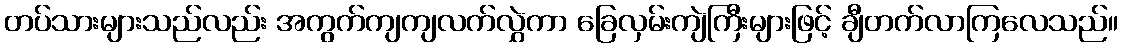
တပ်သားများသည်လည်း အကွက်ကျကျလက်လွှဲကာ ခြေလှမ်းကျဲကြီးများဖြင့် ချီတက်လာကြလေသည်။